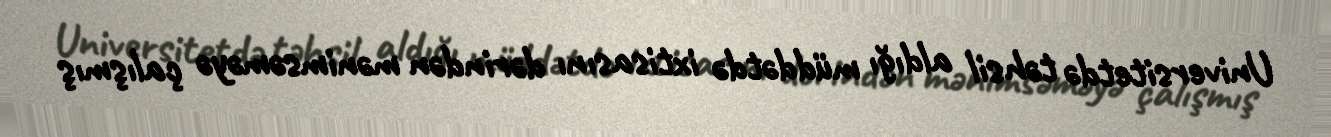
Universitetdə təhsil aldığı müddətdə ixtisasını dərindən mənimsəməyə çalışmış